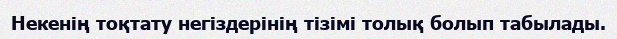
Некенің тоқтату негіздерінің тізімі толық болып табылады.